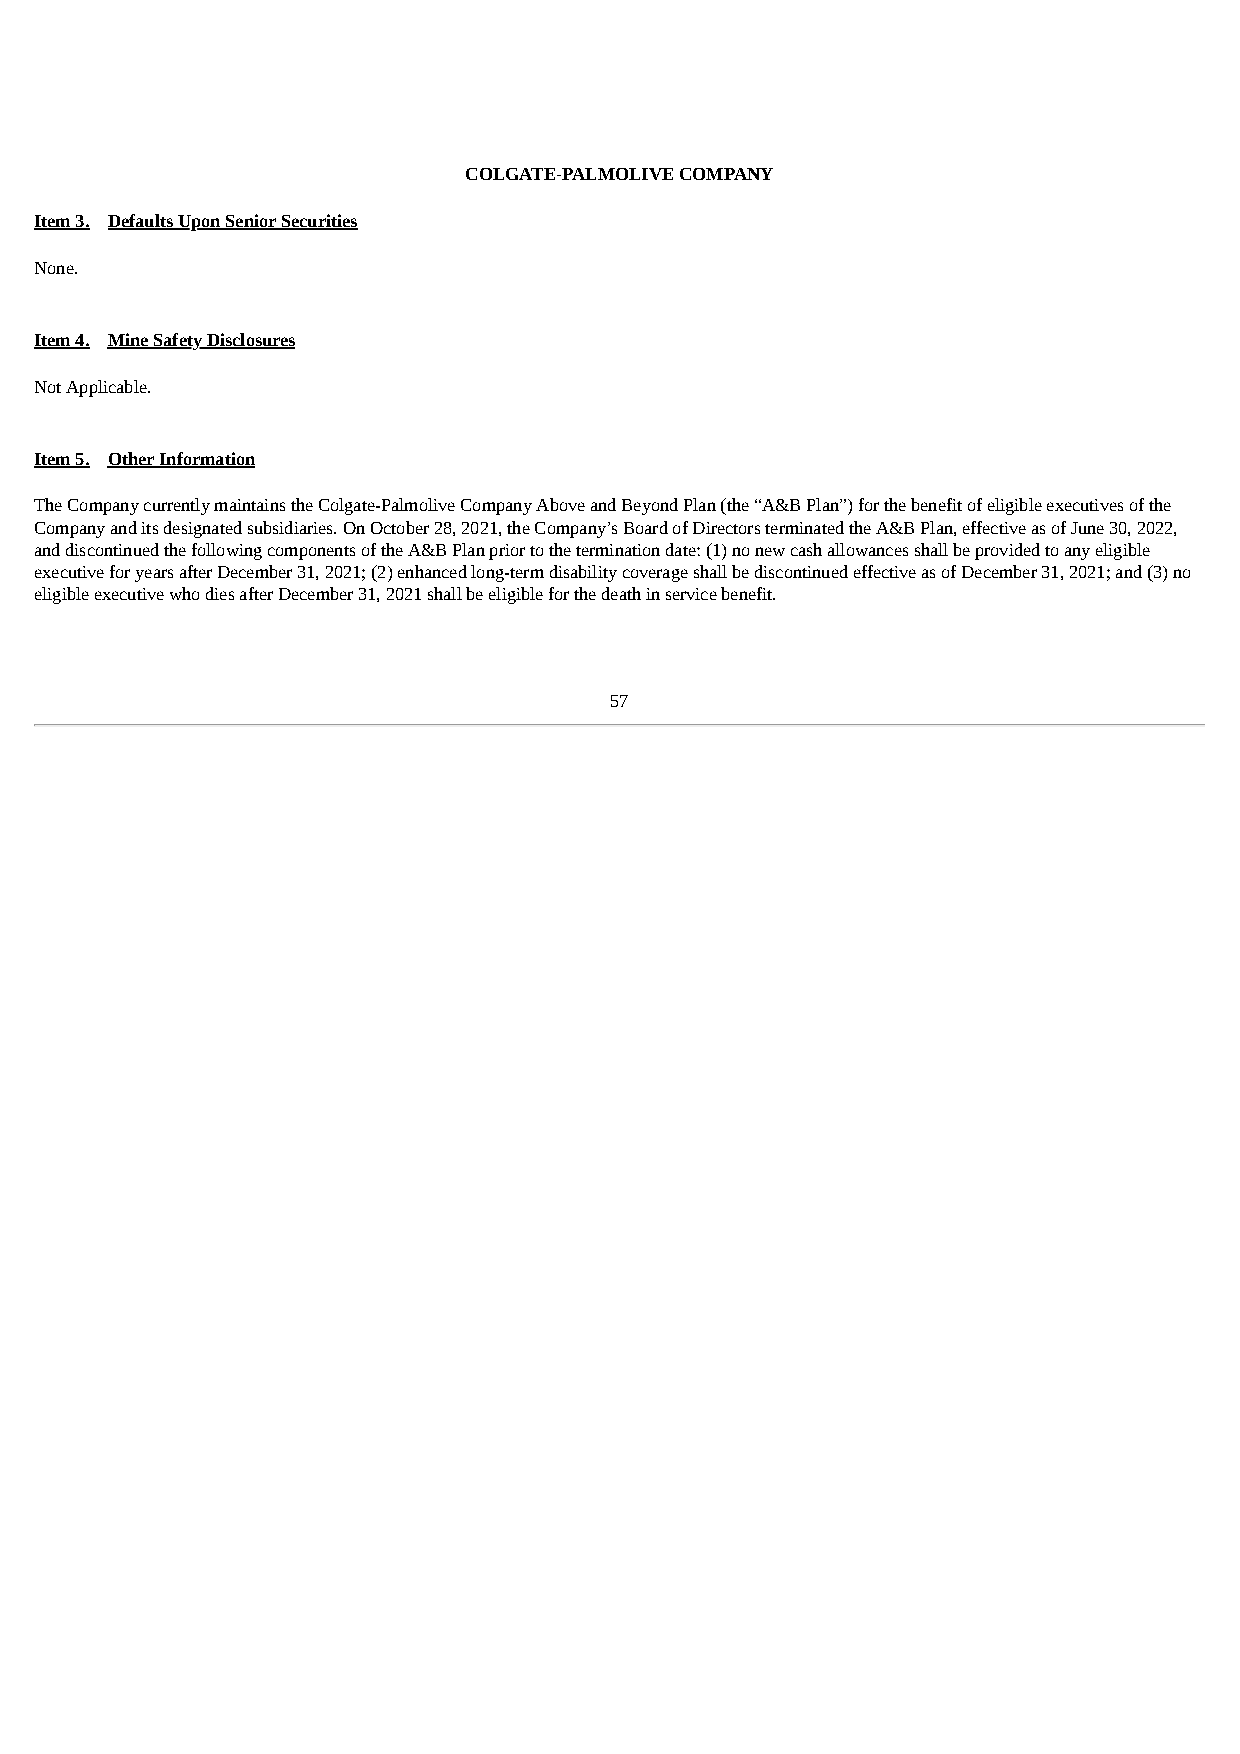
COLGATE-PALMOLIVE COMPANY
 Item 3. Defaults Upon Senior Securities
 None.
 Item 4. Mine Safety Disclosures
 Not Applicable.
 Item 5. Other Information
 The Company currently maintains the Colgate-Palmolive Company Above and Beyond Plan (the “A&B Plan”) for the benefit of eligible executives of the
 Company and its designated subsidiaries. On October 28, 2021, the Company’s Board of Directors terminated the A&B Plan, effective as of June 30, 2022,
 and discontinued the following components of the A&B Plan prior to the termination date: (1) no new cash allowances shall be provided to any eligible
 executive for years after December 31, 2021; (2) enhanced long-term disability coverage shall be discontinued effective as of December 31, 2021; and (3) no
 eligible executive who dies after December 31, 2021 shall be eligible for the death in service benefit.
 57